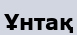
Ұнтақ